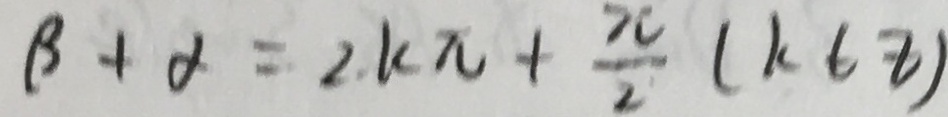
\beta + \alpha = 2 k \pi + \frac { \pi } { 2 } ( k \in z )